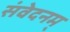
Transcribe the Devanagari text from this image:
संवेदनम्‌